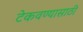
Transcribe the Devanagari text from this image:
टेकवण्यासाठी